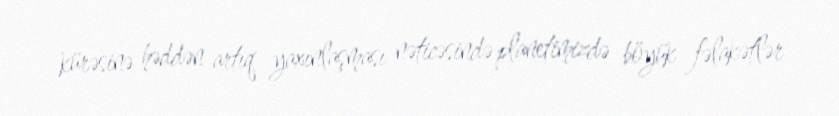
kürəsinə həddən artıq yaxınlaşması nəticəsində planetimizdə böyük fəlakətlər